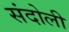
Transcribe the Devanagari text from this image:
संदोली